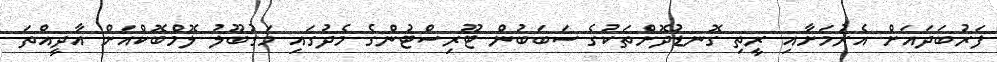
ފަރުބަދައަށް އެރުމަށާއި ރީތި ގޮނޑުދޮށްތަކުގެ ސަބަބުން ޓޫރިސްޓުންގެ މެދުގައި މަގުބޫލު ލޮމްބޮކްއަށް އާދީއްތަ